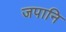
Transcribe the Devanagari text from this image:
जपानि